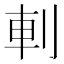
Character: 𠜒